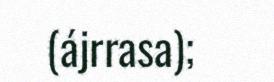
(ájrrasa);